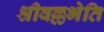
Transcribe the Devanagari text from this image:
श्रीवल्लभेति